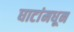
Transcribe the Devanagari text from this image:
घाटांमधून